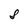
Character: S